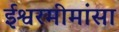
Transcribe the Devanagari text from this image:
ईश्वरमीमांसा